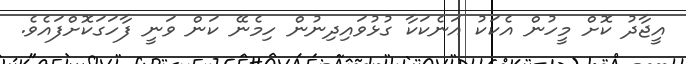
އީޖާދު ކޮށް މީހުން އެކަކު އަނެކަކާ ގުޅުވައިދިނުން ހިމެނޭ ކަން ވަނީ ފާހަގަކޮށްފައެވެ.